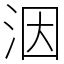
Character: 洇